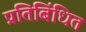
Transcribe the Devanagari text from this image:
प्रतिबिंधित